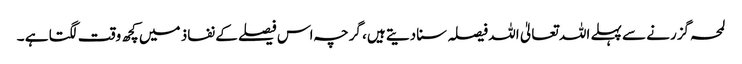
لمحہ گزرنے سے پہلے اللہ تعالیٰ اللہ فیصلہ سنا دیتے ہیں، گرچہ اس فیصلے کے نفاذ میں کچھ وقت لگتا ہے ۔